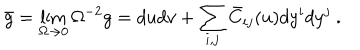
\bar { g } = \lim _ { \Omega \to 0 } \Omega ^ { - 2 } g = d u d v + \sum _ { i , j } \bar { C } _ { i j } ( u ) d y ^ { i } d y ^ { j } ~ .